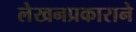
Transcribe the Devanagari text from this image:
लेखनप्रकाराने